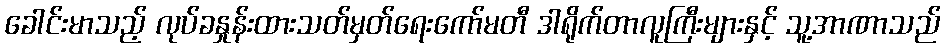
ခေါင်းမာသည့် လုပ်ခနှုန်းထားသတ်မှတ်ရေးကော်မတီ ဒါရိုက်တာလူကြီးများနှင့် သူ့အာဏာသည်